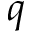
q